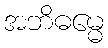
အဘိဓမ္မေ